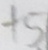
+ 5